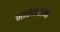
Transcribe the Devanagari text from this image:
नाकेदारांना